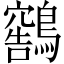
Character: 𫛕